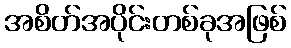
အစိတ်အပိုင်းတစ်ခုအဖြစ်